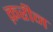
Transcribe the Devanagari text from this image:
क़रीन